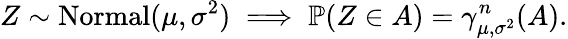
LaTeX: Z\sim\operatorname{Normal}(\mu,\sigma^{2})\implies\mathbb{P}(Z\in A)=\gamma_{\mu,\sigma^{2}}^{n}(A).